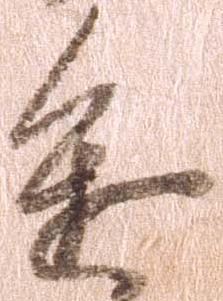
進